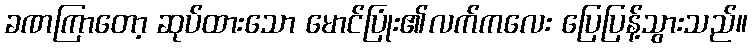
ခဏကြာတော့ ဆုပ်ထားသော မောင်ပြုံး၏လက်ကလေး ပြေပြန့်သွားသည်။